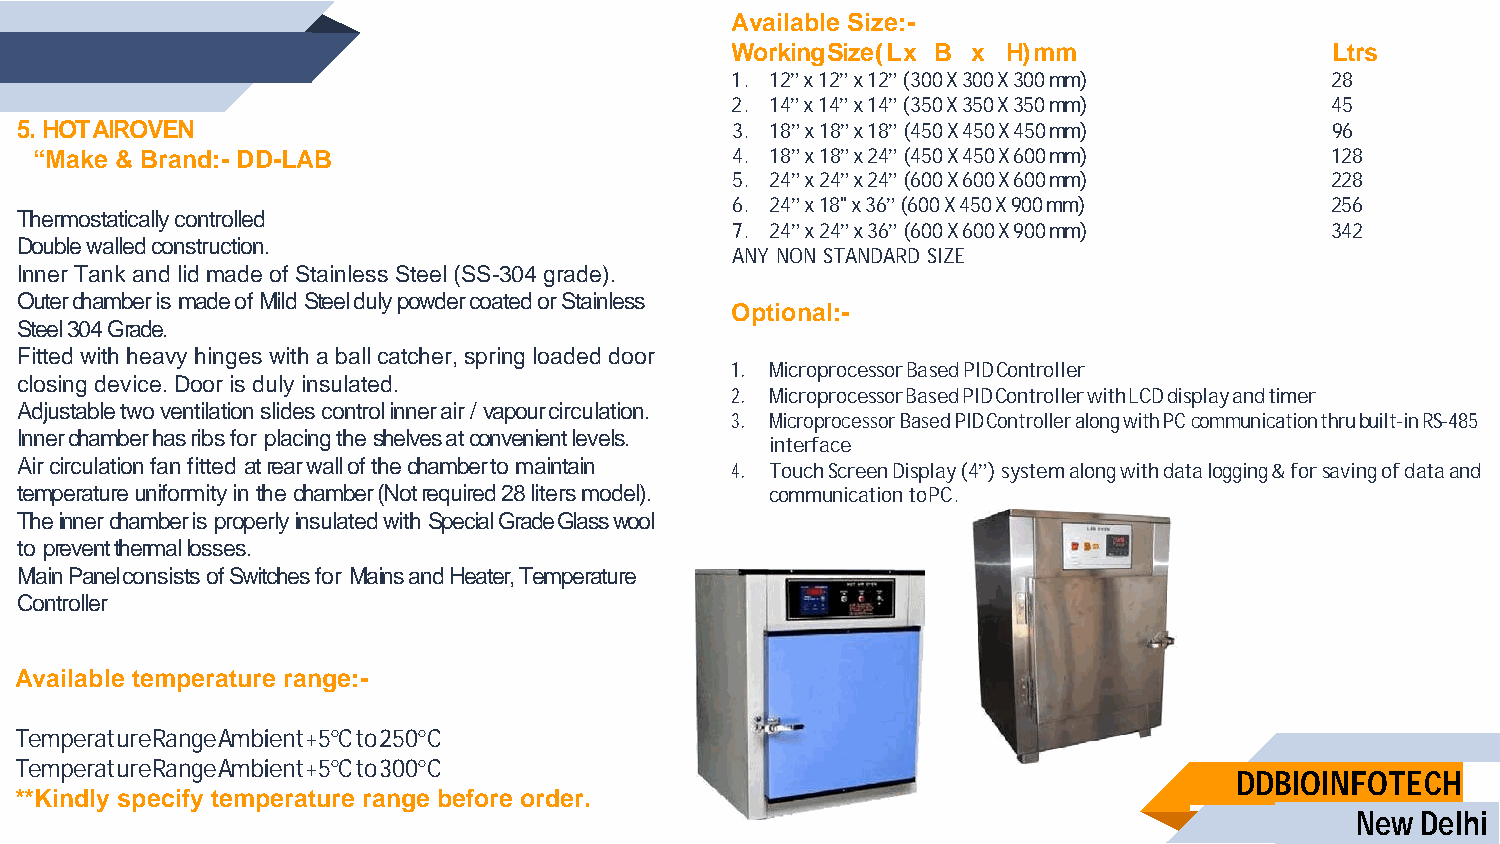
Available Size:-
 Working Size ( L x B x H) mm            Ltrs
 1. 12” x 12” x 12” (300 X 300 X 300 mm) 28
 2. 14” x 14” x 14” (350 X 350 X 350 mm) 45
 5. HOT AIROVEN                                 3. 18” x 18” x 18” (450 X 450 X 450 mm) 96
 “Make & Brand:- DD-LAB                        4. 18” x 18” x 24” (450 X 450 X 600 mm) 128
 5. 24” x 24” x 24” (600 X 600 X 600 mm) 228
 6. 24” x 18" x 36” (600 X 450 X 900 mm) 256
 Thermostatically controlled
 7. 24” x 24” x 36” (600 X 600 X 900 mm) 342
 Double walled construction.
 ANY NON STANDARD SIZE
 Inner Tank and lid made of Stainless Steel (SS-304 grade).
 Outer chamber is made of Mild Steel duly powder coated or Stainless
 Optional:-
 Steel 304 Grade.
 Fitted with heavy hinges with a ball catcher, spring loaded door
 1. Microprocessor Based PID Controller
 closing device. Door is duly insulated.
 2. Microprocessor Based PID Controller with LCD display and timer
 Adjustable two ventilation slides control inner air / vapour circulation.
 3. Microprocessor Based PID Controller along with PC communication thru built-in RS-485
 Inner chamber has ribs for placing the shelves at convenient levels.
 interface
 Air circulation fan fitted at rear wall of the chamber to maintain 4. Touch Screen Display (4”) system along with data logging & for saving of data and
 temperature uniformity in the chamber (Not required 28 liters model). communication to PC.
 The inner chamber is properly insulated with Special Grade Glass wool
 to prevent thermal losses.
 Main Panel consists of Switches for Mains and Heater, Temperature
 Controller
 Available temperature range:-
 Temperature Range Ambient +5°C to 250°C
 Temperature Range Ambient +5°C to 300°C
 DDBIOINFOTECH
 **Kindly specify temperature range before order.
 New Delhi